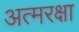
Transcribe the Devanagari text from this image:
अत्मरक्षा